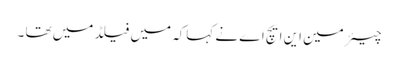
چیئر مین این ایچ اے نے کہاکہ میں فیلڈ میں تھا ۔